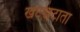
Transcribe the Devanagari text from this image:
खटखटाता